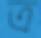
ত্র